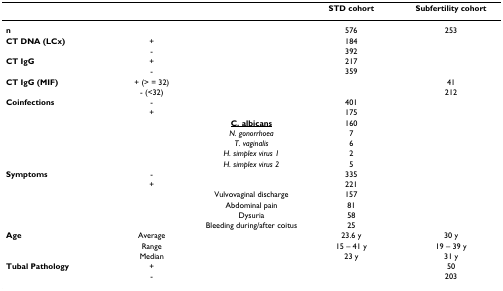
<table><thead><tr><td></td><td></td><td></td><td><b>STD cohort</b></td><td><b>Subfertility cohort</b></td></tr></thead><tbody><tr><td><b>n</b></td><td></td><td></td><td>576</td><td>253</td></tr><tr><td><b>CT DNA (LCx)</b></td><td>+</td><td></td><td>184</td><td></td></tr><tr><td></td><td>-</td><td></td><td>392</td><td></td></tr><tr><td><b>CT IgG</b></td><td>+</td><td></td><td>217</td><td></td></tr><tr><td></td><td>-</td><td></td><td>359</td><td></td></tr><tr><td><b>CT IgG (MIF)</b></td><td>+ (&gt; = 32)</td><td></td><td></td><td>41</td></tr><tr><td></td><td>- (&lt;32)</td><td></td><td></td><td>212</td></tr><tr><td><b>Coinfections</b></td><td>-</td><td></td><td>401</td><td></td></tr><tr><td></td><td>+</td><td></td><td>175</td><td></td></tr><tr><td></td><td></td><td><b><underline>C. albicans</underline></b></td><td>160</td><td></td></tr><tr><td></td><td></td><td><i>N. gonorrhoea</i></td><td>7</td><td></td></tr><tr><td></td><td></td><td><i>T. vaginalis</i></td><td>6</td><td></td></tr><tr><td></td><td></td><td><i>H. simplex virus 1</i></td><td>2</td><td></td></tr><tr><td></td><td></td><td><i>H. simplex virus 2</i></td><td>5</td><td></td></tr><tr><td><b>Symptoms</b></td><td>-</td><td></td><td>335</td><td></td></tr><tr><td></td><td>+</td><td></td><td>221</td><td></td></tr><tr><td></td><td></td><td>Vulvovaginal discharge</td><td>157</td><td></td></tr><tr><td></td><td></td><td>Abdominal pain</td><td>81</td><td></td></tr><tr><td></td><td></td><td>Dysuria</td><td>58</td><td></td></tr><tr><td></td><td></td><td>Bleeding during/after coitus</td><td>25</td><td></td></tr><tr><td><b>Age</b></td><td>Average</td><td></td><td>23.6 y</td><td>30 y</td></tr><tr><td></td><td>Range</td><td></td><td>15 – 41 y</td><td>19 – 39 y</td></tr><tr><td></td><td>Median</td><td></td><td>23 y</td><td>31 y</td></tr><tr><td><b>Tubal Pathology</b></td><td>+</td><td></td><td></td><td>50</td></tr><tr><td></td><td>-</td><td></td><td></td><td>203</td></tr></tbody></table>